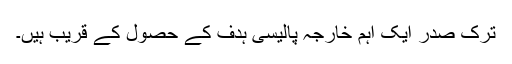
ترک صدر ایک اہم خارجہ پالیسی ہدف کے حصول کے قریب ہیں۔